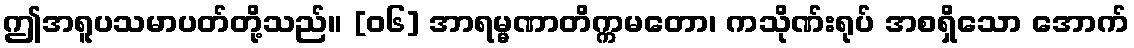
ဤအရူပသမာပတ်တို့သည်။ [၀၆] အာရမ္မဏာတိက္ကမတော၊ ကသိုဏ်းရုပ် အစရှိသော အောက်